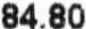
84.80